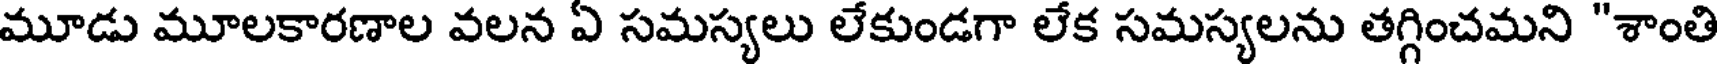
మూడు మూలకారణాల వలన ఏ సమస్యలు లేకుండగా లేక సమస్యలను తగ్గించమని "శాంతి